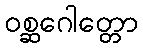
ဝစ္ဆဂေါတ္တော